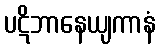
ပဋိဘာနေယျကာနံ